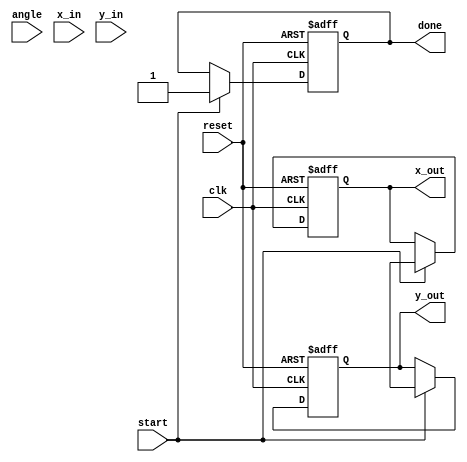
module pipelined_cordic #(
    parameter STAGES = 16,          // Number of CORDIC stages
    parameter FIXED_POINT_WIDTH = 16 // Width of fixed-point representation
)(
    input wire clk,
    input wire reset,
    input wire start,
    input wire signed [FIXED_POINT_WIDTH-1:0] angle, // Input angle in fixed-point
    input wire signed [FIXED_POINT_WIDTH-1:0] x_in,   // Input x vector
    input wire signed [FIXED_POINT_WIDTH-1:0] y_in,   // Input y vector
    output reg signed [FIXED_POINT_WIDTH-1:0] x_out,   // Output x vector
    output reg signed [FIXED_POINT_WIDTH-1:0] y_out,   // Output y vector
    output reg done
);

    // CORDIC angle lookup table (fixed-point)
    reg signed [FIXED_POINT_WIDTH-1:0] atan_table [0:STAGES-1];
    initial begin
        atan_table[0] = 16'h0000; // atan(0)
        atan_table[1] = 16'h3C90; // atan(1/2^1)
        atan_table[2] = 16'h3C30; // atan(1/2^2)
        atan_table[3] = 16'h3C10; // atan(1/2^3)
        // Fill in the rest of the atan_table values...
        // atan_table[4] = ...
        // ...
        atan_table[15] = 16'h3B2D; // atan(1/2^15)
    end

    reg signed [FIXED_POINT_WIDTH-1:0] x [0:STAGES-1];
    reg signed [FIXED_POINT_WIDTH-1:0] y [0:STAGES-1];
    reg signed [FIXED_POINT_WIDTH-1:0] angle_reg [0:STAGES-1];
    reg [STAGES-1:0] d [0:STAGES-1]; // Direction flags

    integer i;

    always @(posedge clk or posedge reset) begin
        if (reset) begin
            done <= 0;
            x_out <= 0;
            y_out <= 0;
            for (i = 0; i < STAGES; i = i + 1) begin
                x[i] <= 0;
                y[i] <= 0;
                angle_reg[i] <= 0;
                d[i] <= 0;
            end
        end else if (start) begin
            // Initialize the first stage
            x[0] <= x_in;
            y[0] <= y_in;
            angle_reg[0] <= angle;

            // Compute the direction
            for (i = 0; i < STAGES; i = i + 1) begin
                if (angle_reg[i] < 0) begin
                    d[i] <= 1; // Rotate clockwise
                    angle_reg[i + 1] <= angle_reg[i] + atan_table[i];
                end else begin
                    d[i] <= 0; // Rotate counter-clockwise
                    angle_reg[i + 1] <= angle_reg[i] - atan_table[i];
                end

                // Update x and y coordinates
                if (d[i] == 1) begin
                    x[i + 1] <= x[i] + (y[i] >>> i);
                    y[i + 1] <= y[i] - (x[i] >>> i);
                end else begin
                    x[i + 1] <= x[i] - (y[i] >>> i);
                    y[i + 1] <= y[i] + (x[i] >>> i);
                end
            end

            // Final output after the last stage
            x_out <= x[STAGES];
            y_out <= y[STAGES];
            done <= 1;
        end
    end

endmodule